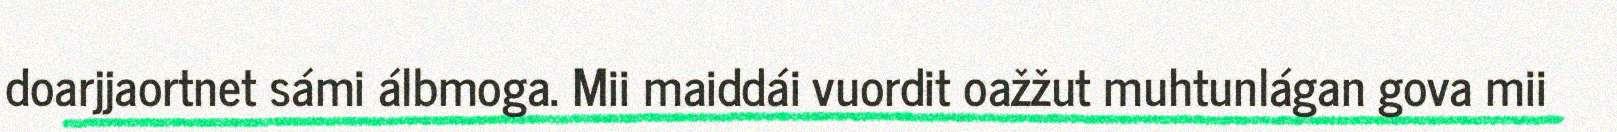
doarjjaortnet sámi álbmoga. Mii maiddái vuordit oažžut muhtunlágan gova mii